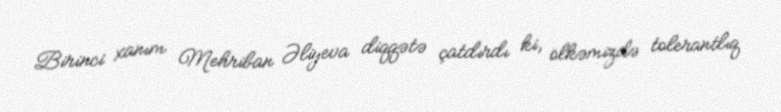
Birinci xanım Mehriban Əliyeva diqqətə çatdırdı ki, ölkəmizdə tolerantlıq